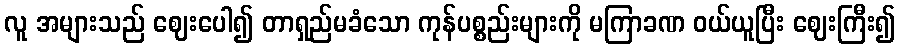
လူ အများသည် ဈေးပေါ၍ တာရှည်မခံသော ကုန်ပစ္စည်းများကို မကြာခဏ ဝယ်ယူပြီး ဈေးကြီး၍